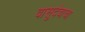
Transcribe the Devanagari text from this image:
वासुदेवाचा